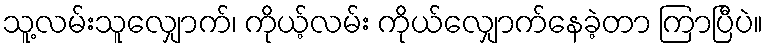
သူ့လမ်းသူလျှောက်၊ ကိုယ့်လမ်း ကိုယ်လျှောက်နေခဲ့တာ ကြာပြီပဲ။